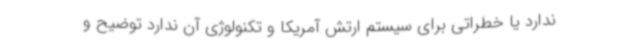
ندارد یا خطراتی برای سیستم ارتش آمریکا و تکنولوژی آن ندارد توضیح و